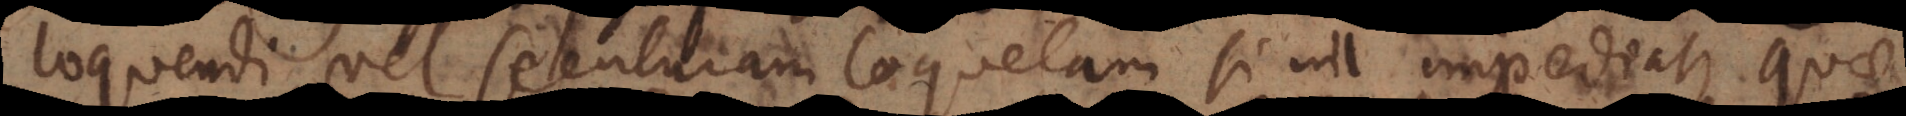
loquendi, vel secuturam loquelam si nil impediat, quae